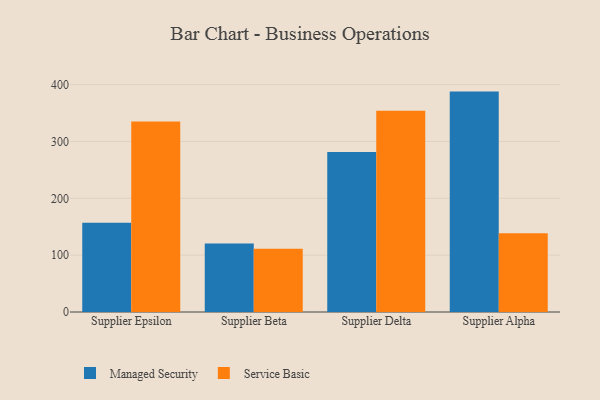
{"axis": {"x": "Supplier", "y": "Headcount"}, "legend": ["Managed Security", "Service Basic"], "data": [{"x": "Supplier Epsilon", "y": 157.2, "type": "Managed Security"}, {"x": "Supplier Epsilon", "y": 335.1, "type": "Service Basic"}, {"x": "Supplier Beta", "y": 120.5, "type": "Managed Security"}, {"x": "Supplier Beta", "y": 111.4, "type": "Service Basic"}, {"x": "Supplier Delta", "y": 281.4, "type": "Managed Security"}, {"x": "Supplier Delta", "y": 354.0, "type": "Service Basic"}, {"x": "Supplier Alpha", "y": 387.7, "type": "Managed Security"}, {"x": "Supplier Alpha", "y": 138.7, "type": "Service Basic"}]}